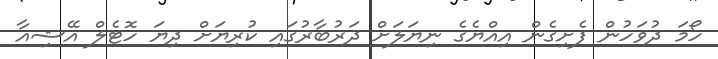
ހޯމަ ދުވަހުން ފެށިގެން އިއްޔެގެ ނިޔަލަށް ދަރުބާރުގައި ކުރިޔަށް ދިޔަ ހޮޓެލް އޭޝިއާ